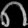
Digit: ၈